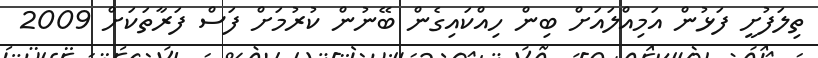
ތިލަފުށީ ފަޅުން އަމިއްލައަށް ބިން ހިއްކައިގެން ބޭނުން ކުރުމަށް ފަސް ފަރާތަކަށް 2009